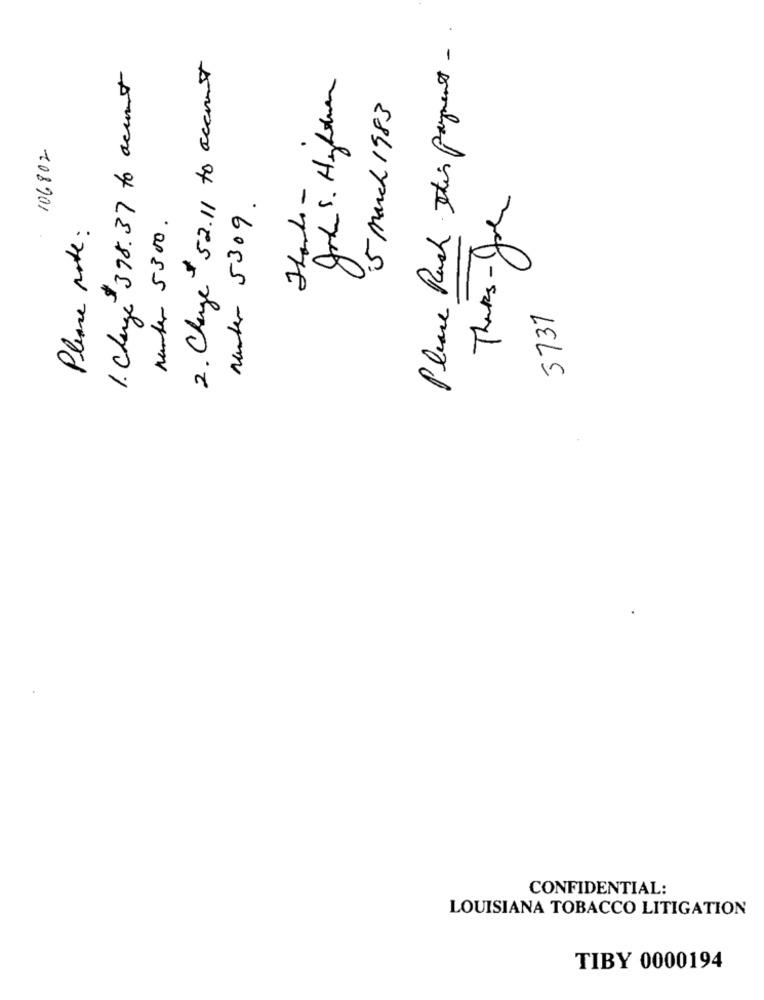
Please Ruch this payment -.
1. Charge 398.37 to accent
2. Change 52.11 to account
5 march 1983
106802
Theres-Joe
Manter 5309.
Munter 5300.
Please note:
3731
CONFIDENTIAL:
LOUISIANA TOBACCO LITIGATION
TIBY 0000194